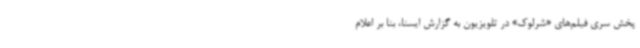
پخش سری فیلم‌های «شرلوک» در تلویزیون به گزارش ایسنا، بنا بر اعلام